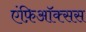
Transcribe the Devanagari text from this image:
एंफ़िऑक्सस